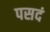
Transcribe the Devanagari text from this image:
पसदं